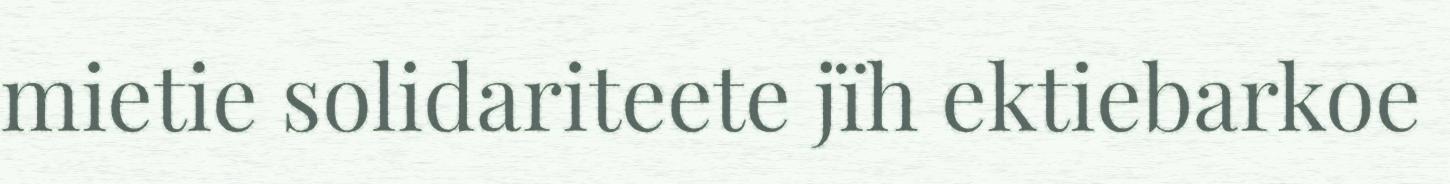
mietie solidariteete jïh ektiebarkoe